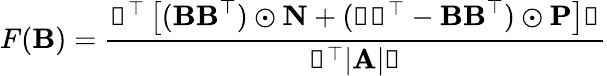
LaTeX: F(\mathbf{B})=\frac{\mathbb{1}^{\top}\left[(\mathbf{BB}^{\top})\odot\mathbf{N}+(\mathbb{1}\mathbb{1}^{\top}-\mathbf{BB}^{\top})\odot\mathbf{P}\right]\mathbb{1}}{\mathbb{1}^{\top}|\mathbf{A}|\mathbb{1}}